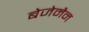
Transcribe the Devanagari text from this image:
बेजेमैन